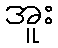
အူး